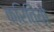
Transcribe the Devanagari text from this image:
क्रितियो